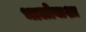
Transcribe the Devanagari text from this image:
भालोबाशा